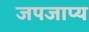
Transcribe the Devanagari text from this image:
जपजाप्य